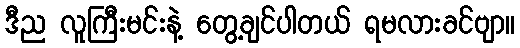
ဒီည လူကြီးမင်းနဲ့ တွေ့ချင်ပါတယ် ရမလားခင်ဗျာ။